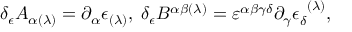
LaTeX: \delta _ { \epsilon } A _ { \alpha ( \lambda ) } = \partial _ { \alpha } \epsilon _ { ( \lambda ) } , \; \delta _ { \epsilon } B ^ { \alpha \beta ( \lambda ) } = \varepsilon ^ { \alpha \beta \gamma \delta } \partial _ { \gamma } \epsilon _ { \delta } ^ { \; \; ( \lambda ) } ,